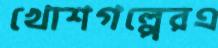
খোশগল্পেরএ